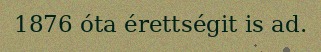
1876 óta érettségit is ad.